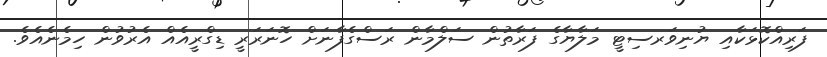
ފަރިއްކޮޅަކާއި ޔުނިވަރސިޓީ މަލާޔާގެ ފަރާތުން ސަލްމާން ރަސްގެފާނަށް ހޮނަރަރީ ޑިގްރީއެއް އެރުވުން ހިމެނެއެވެ.